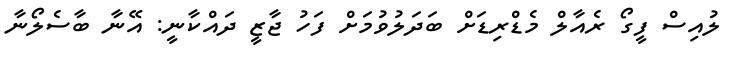
ލުއިސް ފީގޯ ރެއާލް މެޑްރިޑަށް ބަދަލުވުމަށް ފަހު ޖާޒީ ދައްކާނީ: އޭނާ ބާސެލޯނާ